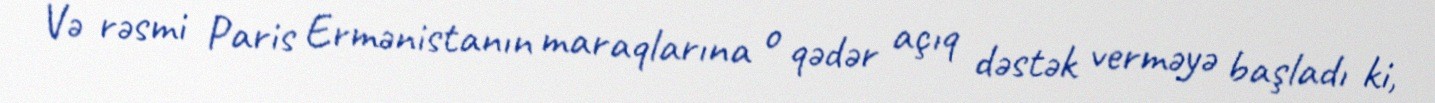
Və rəsmi Paris Ermənistanın maraqlarına o qədər açıq dəstək verməyə başladı ki,